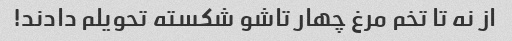
از نه تا تخم مرغ چهار تاشو شکسته تحویلم دادند!